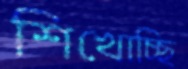
শিখোচ্ছি